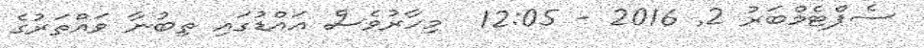
ސެޕްޓެމްބަރު 2